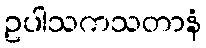
ဥပါသကသတာနံ